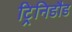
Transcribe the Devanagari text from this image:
ट्रिनिडौड